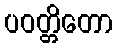
ပဝတ္တိတော